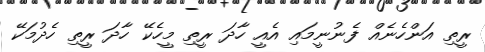
ރީތި އަންހެނެއް ފެނުނީމައި އެއީ ހާދަ ރީތި މީހެކޭ ހާދަ ރީތި ހެދުމަކޭ